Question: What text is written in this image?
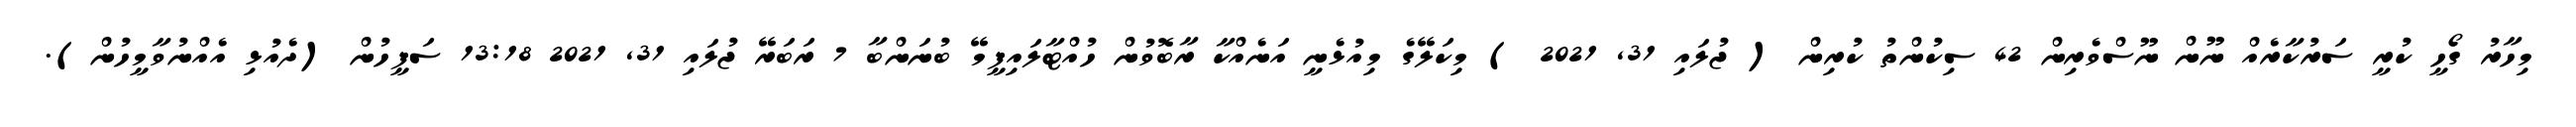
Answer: މިހާރު ގޯހީ ކުރީ ސަރުކާރެއް ނޫން ނޫސްވެރިން 42 ސިކުންތު ކުރިން ( ޖުލައި 31, 2021 ) މިކަލޭގެ މިއުޅެނީ އަނެއްކާ ރާބޮވުން ހުއްޓާލައިފީމޭ ބުނަންބާ 7 ރަބަރޭ ޖުލައި 31, 2021 13:18 ސަފީހުން (ދެއުޅި އެއްނުވާމީހުން).